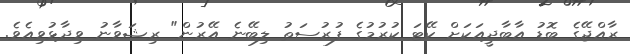
ރާއްޖޭގެ ބޮޑު އާބާދީއަކަށް ކޭޓަ ކުރުމުގެ ފުރުސަތު ލިބޭނެ އޭރުން" ރިޝަވާނު ވިދާޅުވިއެވެ.